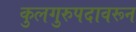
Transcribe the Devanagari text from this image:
कुलगुरुपदावरून